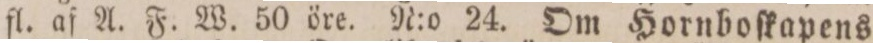
fl. af A. F. W. 50 öre. N:o 24. Om Hornboſkapens